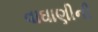
વાઘાણીની